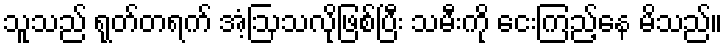
သူသည် ရုတ်တရက် အံ့ဩသလိုဖြစ်ပြီး သမီးကို ငေးကြည့်နေ မိသည်။